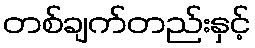
တစ်ချက်တည်းနှင့်